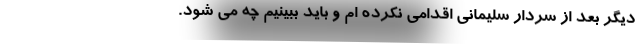
دیگر بعد از سردار سلیمانی اقدامی نکرده ام و باید ببینیم چه می شود.